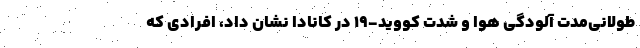
طولانی‌مدت آلودگی هوا و شدت کووید-۱۹ در کانادا نشان داد، افرادی که